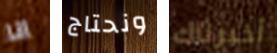
انا ونحتاج أخبرناك